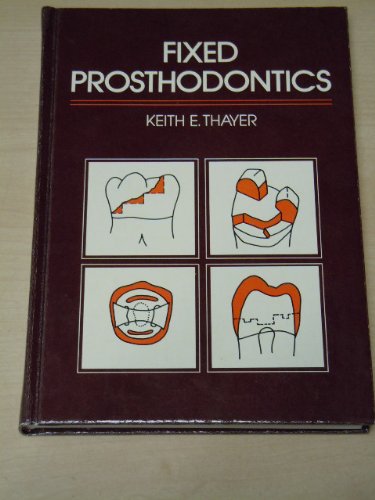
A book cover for Fixed Prosthodontics; Keith E. Thayer; Medical Books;